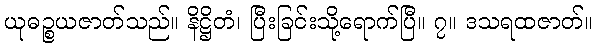
ယုဓဉ္စယဇာတ်သည်။ နိဋ္ဌိတံ၊ ပြီးခြင်းသို့ရောက်ပြီ။ ၇။ ဒသရထဇာတ်။